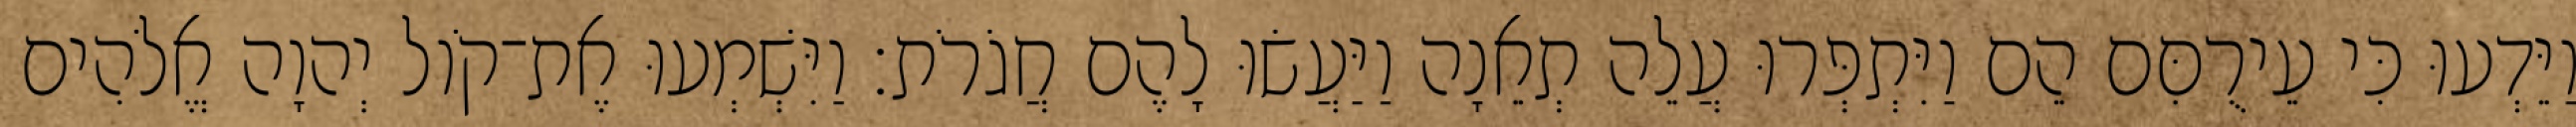
וַיֵּדְעוּ כִּי עֵירֻםִּם הֵם וַיִּתְפְּרוּ עֲלֵה תְאֵנָה וַיַּעֲשׂוּ לָהֶם חֲגֹרֹת׃ וַיִּשְׁמְעוּ אֶת־קֹול יְהוָה אֱלֹהִים